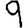
Digit: 9